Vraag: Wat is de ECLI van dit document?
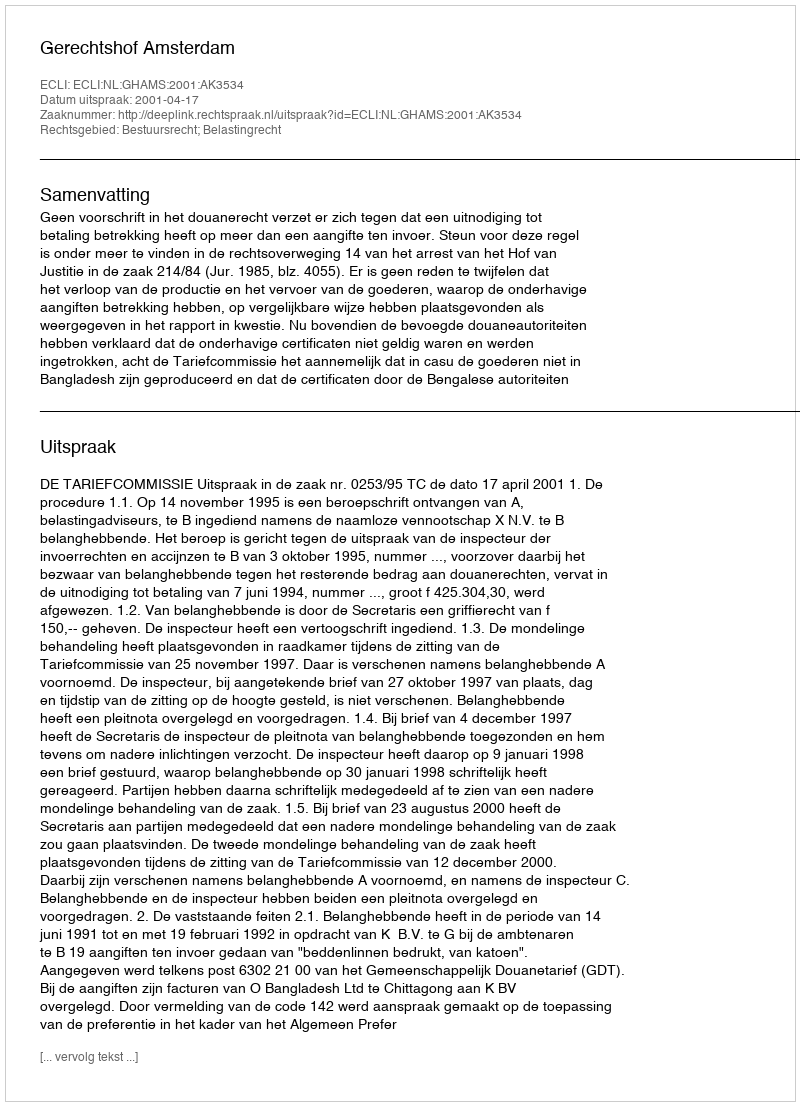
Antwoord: ECLI:NL:GHAMS:2001:AK3534